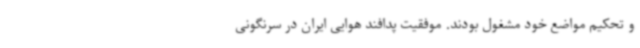
و تحکیم مواضع خود مشغول بودند. موفقیت پدافند هوایی ایران در سرنگونی